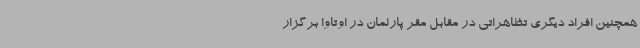
همچنین افراد دیگری تظاهراتی در مقابل مقر پارلمان در اوتاوا برگزار